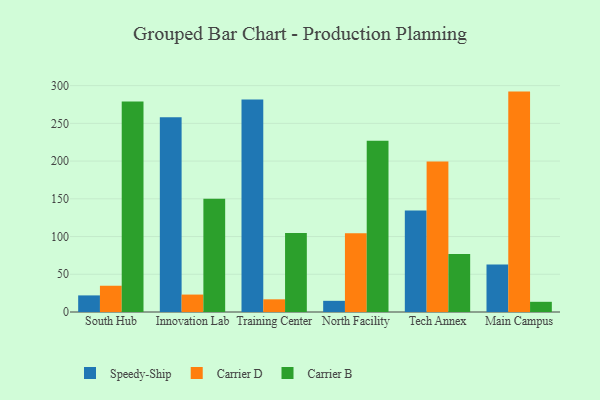
{"axis": {"x": "Campus", "y": "Production Output"}, "legend": ["Carrier B", "Carrier D", "Speedy-Ship"], "data": [{"x": "South Hub", "y": 22.0, "type": "Speedy-Ship"}, {"x": "South Hub", "y": 34.8, "type": "Carrier D"}, {"x": "South Hub", "y": 279.1, "type": "Carrier B"}, {"x": "Innovation Lab", "y": 258.2, "type": "Speedy-Ship"}, {"x": "Innovation Lab", "y": 23.1, "type": "Carrier D"}, {"x": "Innovation Lab", "y": 150.2, "type": "Carrier B"}, {"x": "Training Center", "y": 281.7, "type": "Speedy-Ship"}, {"x": "Training Center", "y": 16.8, "type": "Carrier D"}, {"x": "Training Center", "y": 104.6, "type": "Carrier B"}, {"x": "North Facility", "y": 14.8, "type": "Speedy-Ship"}, {"x": "North Facility", "y": 104.4, "type": "Carrier D"}, {"x": "North Facility", "y": 227.1, "type": "Carrier B"}, {"x": "Tech Annex", "y": 134.6, "type": "Speedy-Ship"}, {"x": "Tech Annex", "y": 199.3, "type": "Carrier D"}, {"x": "Tech Annex", "y": 76.8, "type": "Carrier B"}, {"x": "Main Campus", "y": 62.8, "type": "Speedy-Ship"}, {"x": "Main Campus", "y": 292.1, "type": "Carrier D"}, {"x": "Main Campus", "y": 13.5, "type": "Carrier B"}]}